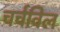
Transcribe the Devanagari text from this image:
चर्चविल